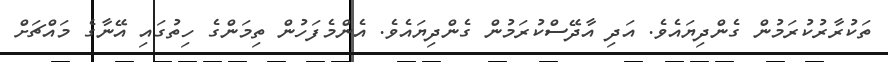
ތަކުރާރުކުރަމުން ގެންދިޔައެވެ. އަދި އާދޭސްކުރަމުން ގެންދިޔައެވެ. އެންމެފަހުން ތިމަންގެ ހިތުގައި އޭނާގެ މައްޗަށް